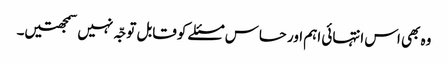
وہ بھی اس انتہائی اہم اور حساس مسئلے کو قابل توجّہ نہیں سمجھتیں۔